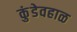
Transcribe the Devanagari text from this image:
कुंडेवहाळ